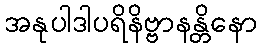
အနုပါဒါပရိနိဗ္ဗာနန္တိနော